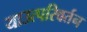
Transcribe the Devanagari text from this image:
याउत्परिवर्तन